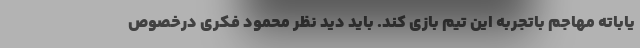
یاباته مهاجم باتجربه این تیم بازی کند. باید دید نظر محمود فکری درخصوص